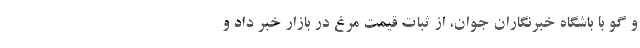
و گو با باشگاه خبرنگاران جوان، از ثبات قیمت مرغ در بازار خبر داد و